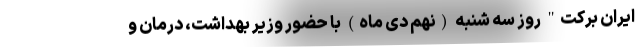
ایران برکت" روز سه شنبه (نهم دی ماه) با حضور وزیر بهداشت، درمان و